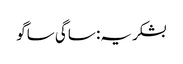
بشکریہ: ساگی ساگو